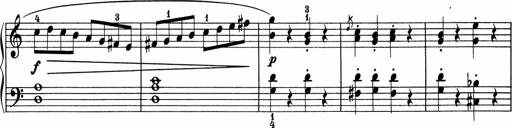
Title: 5 Sonatinen fÃ¼r die Jugend
Composer: Carl Reinecke